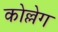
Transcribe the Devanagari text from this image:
कोल्लेग